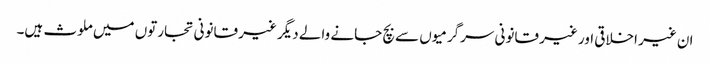
ان غیر اخلاقی اور غیر قانونی سرگرمیوں سے بچ جانے والے دیگر غیر قانونی تجارتوں میں ملوث ہیں۔